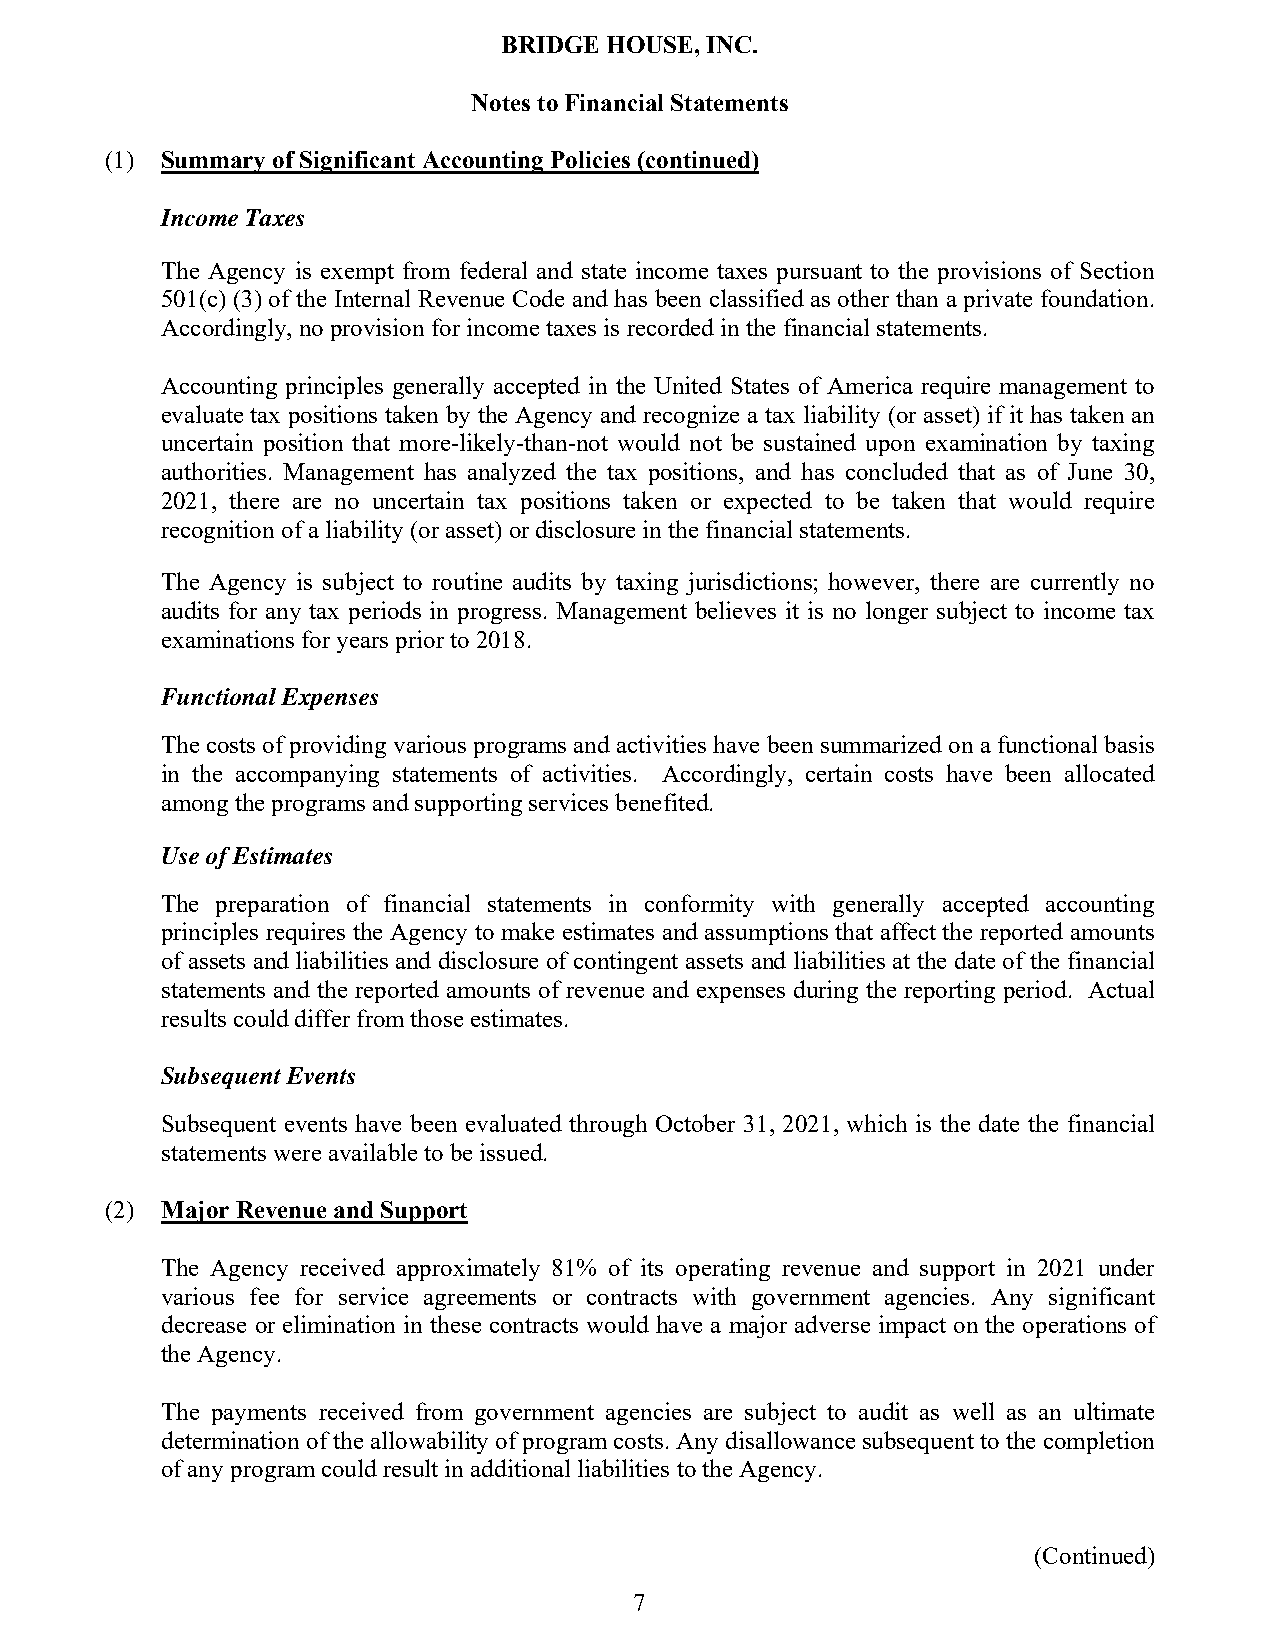
BRIDGE HOUSE, INC.
 Notes to Financial Statements
 (1) Summary of Significant Accounting Policies (continued)
 Income Taxes
 The Agency is exempt from federal and state income taxes pursuant to the provisions of Section
 501(c) (3) of the Internal Revenue Code and has been classified as other than a private foundation.
 Accordingly, no provision for income taxes is recorded in the financial statements.
 Accounting principles generally accepted in the United States of America require management to
 evaluate tax positions taken by the Agency and recognize a tax liability (or asset) if it has taken an
 uncertain position that more-likely-than-not would not be sustained upon examination by taxing
 authorities. Management has analyzed the tax positions, and has concluded that as of June 30,
 2021, there are no uncertain tax positions taken or expected to be taken that would require
 recognition of a liability (or asset) or disclosure in the financial statements.
 The Agency is subject to routine audits by taxing jurisdictions; however, there are currently no
 audits for any tax periods in progress. Management believes it is no longer subject to income tax
 examinations for years prior to 2018.
 Functional Expenses
 The costs of providing various programs and activities have been summarized on a functional basis
 in the accompanying statements of activities. Accordingly, certain costs have been allocated
 among the programs and supporting services benefited.
 Use of Estimates
 The preparation of financial statements in conformity with generally accepted accounting
 principles requires the Agency to make estimates and assumptions that affect the reported amounts
 of assets and liabilities and disclosure of contingent assets and liabilities at the date of the financial
 statements and the reported amounts of revenue and expenses during the reporting period. Actual
 results could differ from those estimates.
 Subsequent Events
 Subsequent events have been evaluated through October 31, 2021, which is the date the financial
 statements were available to be issued.
 (2) Major Revenue and Support
 The Agency received approximately 81% of its operating revenue and support in 2021 under
 various fee for service agreements or contracts with government agencies. Any significant
 decrease or elimination in these contracts would have a major adverse impact on the operations of
 the Agency.
 The payments received from government agencies are subject to audit as well as an ultimate
 determination of the allowability of program costs. Any disallowance subsequent to the completion
 of any program could result in additional liabilities to the Agency.
 (Continued)
 7